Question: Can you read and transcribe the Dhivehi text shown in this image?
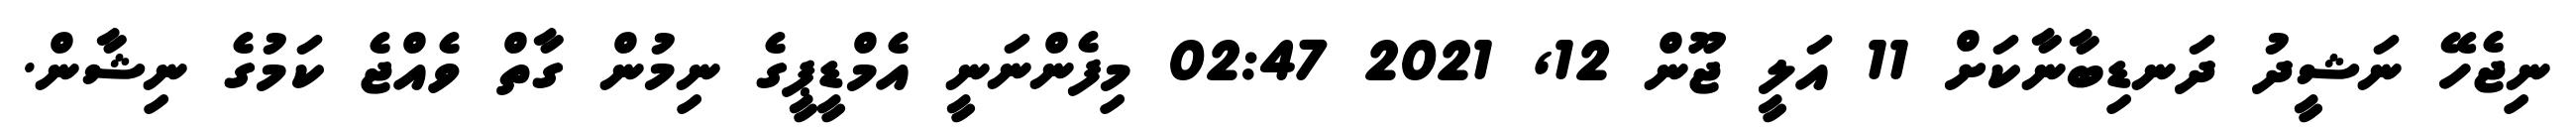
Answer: ނިޖެހޭ ނަޝީދު ދަނޑިބާނާކަށް 11 އަލީ ޖޫން 12, 2021 02:47 މިފެންނަނީ އެމްޑީޕީގެ ނިމުން ގާތް ވެއްޖެ ކަމުގެ ނިޝާން.